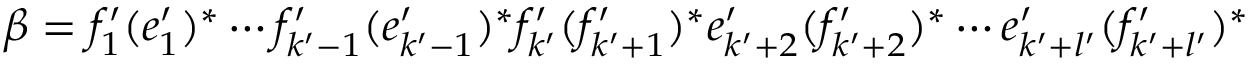
\beta = f _ { 1 } ^ { \prime } ( e _ { 1 } ^ { \prime } ) ^ { * } \cdots f _ { k ^ { \prime } - 1 } ^ { \prime } ( e _ { k ^ { \prime } - 1 } ^ { \prime } ) ^ { * } f _ { k ^ { \prime } } ^ { \prime } ( f _ { k ^ { \prime } + 1 } ^ { \prime } ) ^ { * } e _ { k ^ { \prime } + 2 } ^ { \prime } ( f _ { k ^ { \prime } + 2 } ^ { \prime } ) ^ { * } \cdots e _ { k ^ { \prime } + l ^ { \prime } } ^ { \prime } ( f _ { k ^ { \prime } + l ^ { \prime } } ^ { \prime } ) ^ { * }